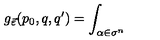
g _ { \vec { \varepsilon } } ( p _ { 0 } , q , q ^ { \prime } ) = \int _ { \alpha \in \sigma ^ { n } }